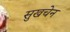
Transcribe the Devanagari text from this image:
सुखचेन